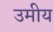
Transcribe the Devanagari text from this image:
उमीय